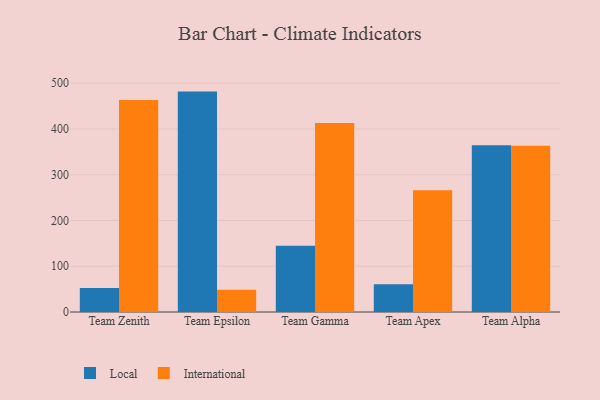
{"axis": {"x": "Team", "y": "Temperature (°C)"}, "legend": ["International", "Local"], "data": [{"x": "Team Zenith", "y": 52.6, "type": "Local"}, {"x": "Team Zenith", "y": 463.3, "type": "International"}, {"x": "Team Epsilon", "y": 481.6, "type": "Local"}, {"x": "Team Epsilon", "y": 48.5, "type": "International"}, {"x": "Team Gamma", "y": 144.8, "type": "Local"}, {"x": "Team Gamma", "y": 413.0, "type": "International"}, {"x": "Team Apex", "y": 60.7, "type": "Local"}, {"x": "Team Apex", "y": 265.8, "type": "International"}, {"x": "Team Alpha", "y": 364.5, "type": "Local"}, {"x": "Team Alpha", "y": 363.4, "type": "International"}]}